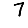
Digit: 7